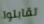
تقابلوا